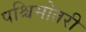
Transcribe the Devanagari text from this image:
पश्चिमोतरी